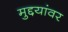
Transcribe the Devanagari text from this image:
मुद्दयांवर